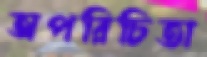
অপরিচিতা